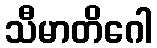
သီမာတိဂေါ